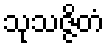
သုသဇ္ဇိတံ